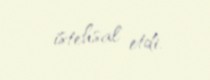
istehsal etdi.